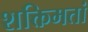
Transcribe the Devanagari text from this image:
शक्तिमतां